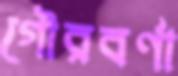
গৌরবর্ণা